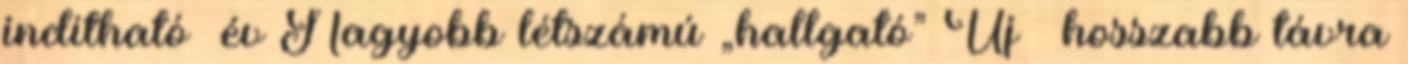
indítható év Nagyobb létszámú „hallgató” Új – hosszabb távra